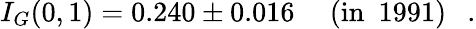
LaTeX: I_{G}(0,1)=0.240\pm 0.016\ \ \ \ \ \mathrm{(in~\ 1991)}\ \ \ .